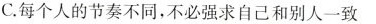
C.每个人的节奏不同，不必强求自己和别人一致